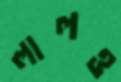
লালও